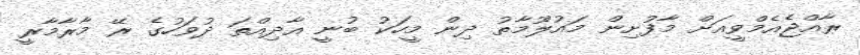
ރާއްޖެއެމްވީއަށް މާފުށިން މައުލޫމާތު ދިން މީހަކު ބުނީ އާދިއްތަ ދުވަހުގެ ރޭ މާރާމާރީ